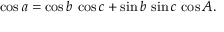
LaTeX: \cos a = \cos b \, \cos c + \sin b \, \sin c \, \cos A .